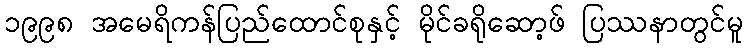
၁၉၉၈ အမေရိကန်ပြည်ထောင်စုနှင့် မိုင်ခရိုဆော့ဖ် ပြဿနာတွင်မူ